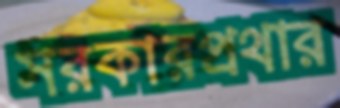
সরকারপ্রথার